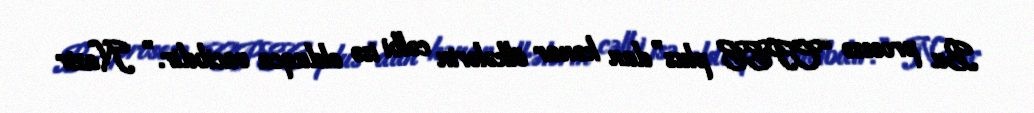
Bu prosesə “OPEC plus”dan kənar ölkələrin cəlbi isə olduqca vacibdir.” Nazir